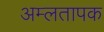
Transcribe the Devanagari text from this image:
अम्लतापक